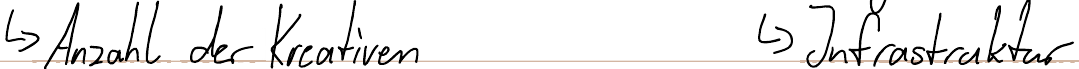
-> Anzahl der Kreativen     -> Infrastruktur